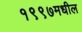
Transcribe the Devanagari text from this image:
१९९७मधील